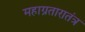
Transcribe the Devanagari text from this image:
महाग्रतारातंत्र